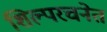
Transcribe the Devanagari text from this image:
शिल्परचनेत